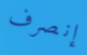
إنصرف